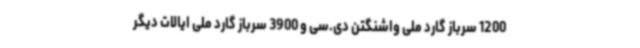
1200 سرباز گارد ملی واشنگتن دی.سی و 3900 سرباز گارد ملی ایالات دیگر